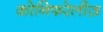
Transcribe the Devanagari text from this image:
कोनिफरेलीज़